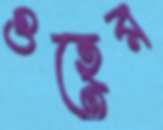
গুহের